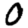
Digit: 0